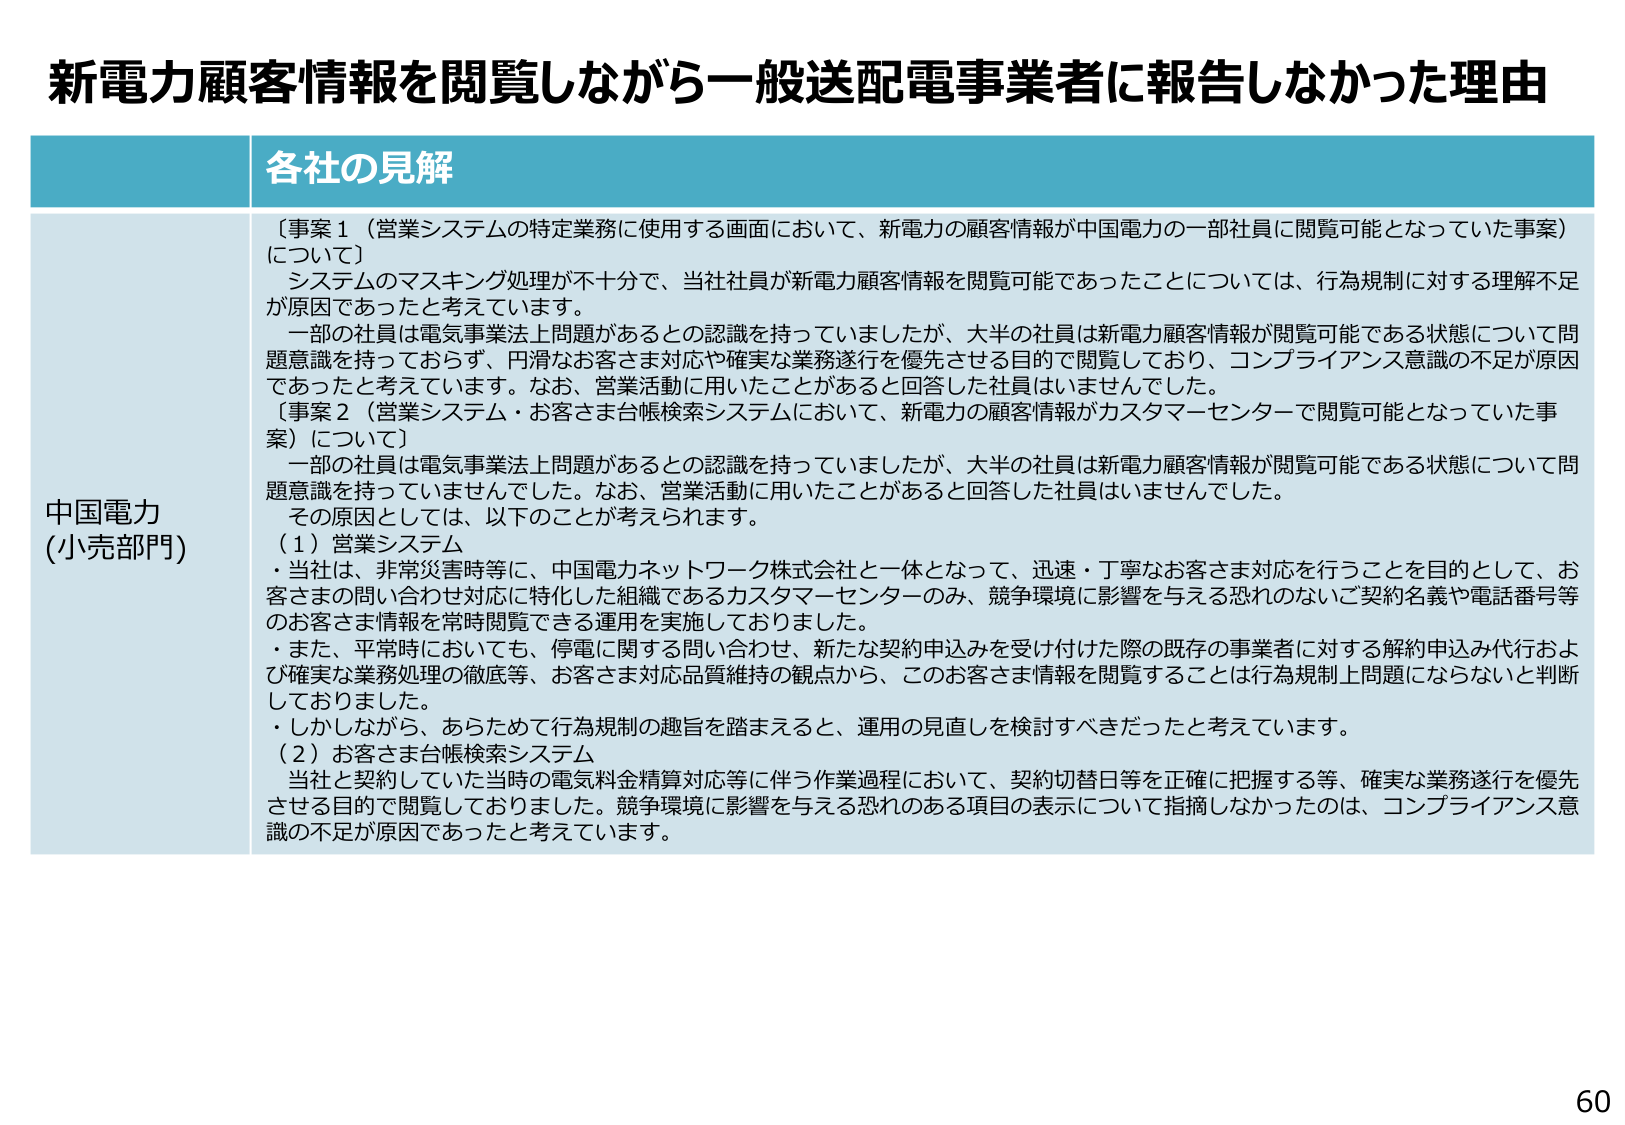
新電力顧客情報を閲覧しながら一般送配電事業者に報告しなかった理由

各社の見解

中国電力
(小売部門)

〔事案1（営業システムの特定業務に使用する画面において、新電力の顧客情報が中国電力の一部社員に閲覧可能となっていた事案）について〕
システムのマスキング処理が不十分で、当社社員が新電力顧客情報を閲覧可能であったことについては、行為規制に対する理解不足が原因であったと考えています。
一部の社員は電気事業法上問題があるとの認識を持っていましたが、大半の社員は新電力顧客情報が閲覧可能である状態について問題意識を持っておらず、円滑なお客さま対応や確実な業務遂行を優先させる目的で閲覧しており、コンプライアンス意識の不足が原因であったと考えています。なお、営業活動に用いたことがあると回答した社員はいませんでした。

〔事案2（営業システム・お客さま台帳検索システムにおいて、新電力の顧客情報がカスタマーセンターで閲覧可能となっていた事案）について〕
一部の社員は電気事業法上問題があるとの認識を持っていましたが、大半の社員は新電力顧客情報が閲覧可能である状態について問題意識を持っていませんでした。なお、営業活動に用いたことがあると回答した社員はいませんでした。
その原因として、以下のことが考えられます。
（1）営業システム
・当社は、非常災害時等に、中国電力ネットワーク株式会社と一体となって、迅速・丁寧なお客さま対応を行うことを目的として、お客さまの問い合わせ対応に特化した組織であるカスタマーセンターのみ、競争環境に影響を与える恐れのないご契約名義や電話番号等のお客さま情報を常時閲覧できる運用を実施しておりました。
・また、平常時においても、停電に関する問い合わせ、新たな契約申込みを受け付けた際の既存の事業者に対する解約申込み代行および確実な業務処理の徹底等、お客さま対応品質維持の観点から、このお客さま情報を閲覧することは行為規制上問題にならないと判断しておりました。
・しかしながら、あらためて行為規制の趣旨を踏まえると、運用の見直しを検討すべきだったと考えています。
（2）お客さま台帳検索システム
当社と契約していた当時の電気料金精算対応等に伴う作業過程において、契約切替日等を正確に把握する等、確実な業務遂行を優先させる目的で閲覧しておりました。競争環境に影響を与える恐れのある項目の表示について指摘しなかったのは、コンプライアンス意識の不足が原因であったと考えています。

60